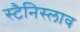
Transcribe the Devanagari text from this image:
स्टैनिस्लाव